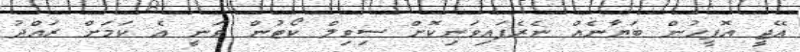
އޭޖީ އޮފީހުން ބަޔާނެއް ނެރެފައިވަނިކޮށް ސިވިލް ކޯޓުން ވަނީ އެ ކަމަށް ރައްދު